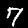
Digit: 7